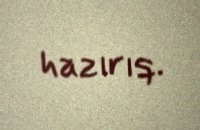
hazırıq.